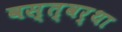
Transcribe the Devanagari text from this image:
वस्त्वर्था